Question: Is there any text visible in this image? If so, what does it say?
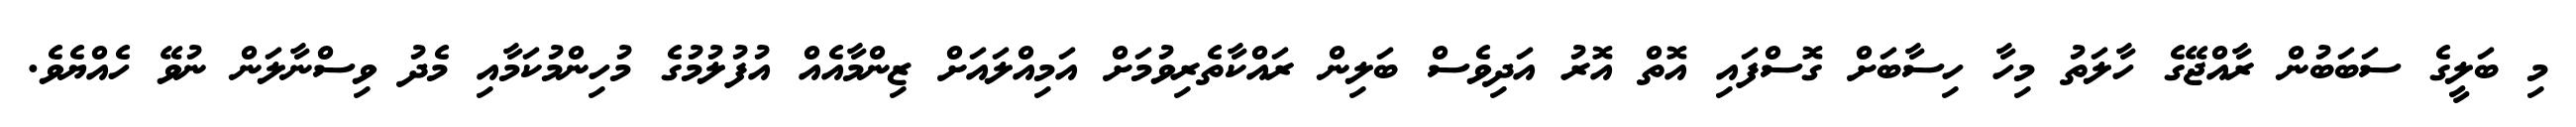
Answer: މި ބަލީގެ ސަބަބުން ރާއްޖޭގެ ހާލަތު މިހާ ހިސާބަށް ގޮސްފައި އޮތް އޮރު އަދިވެސް ބަލިން ރައްކާތެރިވުމަށް އަމިއްލައަށް ޒިންމާއެއް އުފުލުމުގެ މުހިންމުކަމާއި މެދު ވިސްނާލަން ނުވޭ ހެއްޔެވެ.